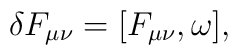
\delta F_{\mu\nu}=[ F_{\mu\nu},\omega],